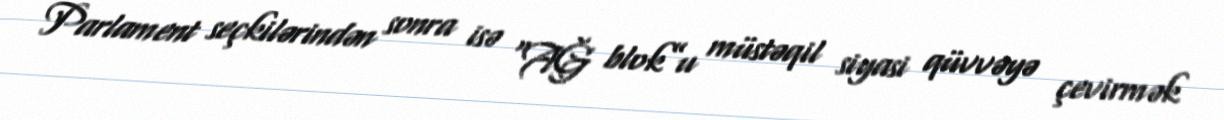
Parlament seçkilərindən sonra isə “AĞ blok”u müstəqil siyasi qüvvəyə çevirmək